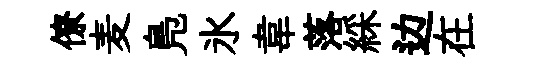
僚麦鳬氷韋落綵边在